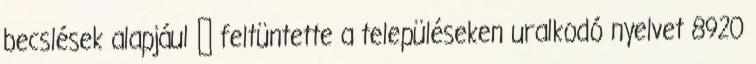
becslések alapjául → feltüntette a településeken uralkodó nyelvet 8920